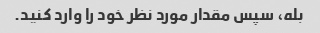
بله، سپس مقدار مورد نظر خود را وارد کنید.